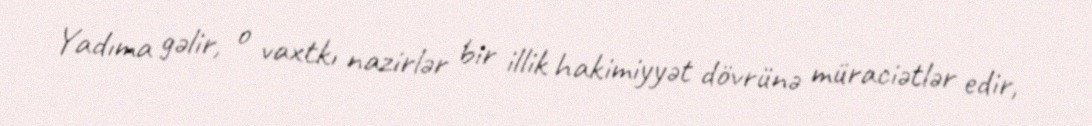
Yadıma gəlir, o vaxtkı nazirlər bir illik hakimiyyət dövrünə müraciətlər edir,